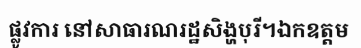
ផ្លូវការ នៅសាធារណរដ្ឋសិង្ហបុរី។ឯកឧត្តម